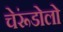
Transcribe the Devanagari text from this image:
चेरूंडोलो